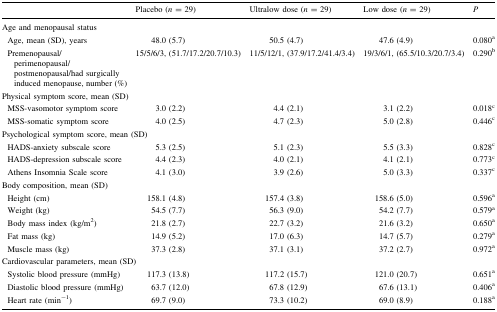
<table><thead><tr><td></td><td><b>Placebo (<i>n</i> = 29)</b></td><td><b>Ultralow dose (<i>n</i> = 29)</b></td><td><b>Low dose (<i>n</i> = 29)</b></td><td><b><i>P</i></b></td></tr></thead><tbody><tr><td colspan="5">Age and menopausal status</td></tr><tr><td> Age, mean (SD), years</td><td>48.0 (5.7)</td><td>50.5 (4.7)</td><td>47.6 (4.9)</td><td>0.080<sup>a</sup></td></tr><tr><td> Premenopausal/perimenopausal/postmenopausal/had surgically induced menopause, number (%)</td><td>15/5/6/3, (51.7/17.2/20.7/10.3)</td><td>11/5/12/1, (37.9/17.2/41.4/3.4)</td><td>19/3/6/1, (65.5/10.3/20.7/3.4)</td><td>0.290<sup>b</sup></td></tr><tr><td colspan="5">Physical symptom score, mean (SD)</td></tr><tr><td> MSS-vasomotor symptom score</td><td>3.0 (2.2)</td><td>4.4 (2.1)</td><td>3.1 (2.2)</td><td>0.018<sup>c</sup></td></tr><tr><td> MSS-somatic symptom score</td><td>4.0 (2.5)</td><td>4.7 (2.3)</td><td>5.0 (2.8)</td><td>0.446<sup>c</sup></td></tr><tr><td colspan="5">Psychological symptom score, mean (SD)</td></tr><tr><td> HADS-anxiety subscale score</td><td>5.3 (2.5)</td><td>5.1 (2.3)</td><td>5.5 (3.3)</td><td>0.828<sup>c</sup></td></tr><tr><td> HADS-depression subscale score</td><td>4.4 (2.3)</td><td>4.0 (2.1)</td><td>4.1 (2.1)</td><td>0.773<sup>c</sup></td></tr><tr><td> Athens Insomnia Scale score</td><td>4.1 (3.0)</td><td>3.9 (2.6)</td><td>5.0 (3.3)</td><td>0.337<sup>c</sup></td></tr><tr><td colspan="5">Body composition, mean (SD)</td></tr><tr><td> Height (cm)</td><td>158.1 (4.8)</td><td>157.4 (3.8)</td><td>158.6 (5.0)</td><td>0.596<sup>a</sup></td></tr><tr><td> Weight (kg)</td><td>54.5 (7.7)</td><td>56.3 (9.0)</td><td>54.2 (7.7)</td><td>0.579<sup>a</sup></td></tr><tr><td> Body mass index (kg/m<sup>2</sup>)</td><td>21.8 (2.7)</td><td>22.7 (3.2)</td><td>21.6 (3.2)</td><td>0.650<sup>a</sup></td></tr><tr><td> Fat mass (kg)</td><td>14.9 (5.2)</td><td>17.0 (6.3)</td><td>14.7 (5.7)</td><td>0.279<sup>a</sup></td></tr><tr><td> Muscle mass (kg)</td><td>37.3 (2.8)</td><td>37.1 (3.1)</td><td>37.2 (2.7)</td><td>0.972<sup>a</sup></td></tr><tr><td colspan="5">Cardiovascular parameters, mean (SD)</td></tr><tr><td> Systolic blood pressure (mmHg)</td><td>117.3 (13.8)</td><td>117.2 (15.7)</td><td>121.0 (20.7)</td><td>0.651<sup>a</sup></td></tr><tr><td> Diastolic blood pressure (mmHg)</td><td>63.7 (12.0)</td><td>67.8 (12.9)</td><td>67.6 (13.1)</td><td>0.406<sup>a</sup></td></tr><tr><td> Heart rate (min<sup>−1</sup>)</td><td>69.7 (9.0)</td><td>73.3 (10.2)</td><td>69.0 (8.9)</td><td>0.188<sup>a</sup></td></tr></tbody></table>